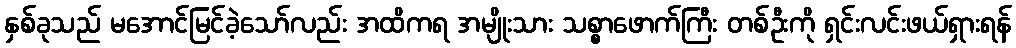
နှစ်ခုသည် မအောင်မြင်ခဲ့သော်လည်း အထိကရ အမျိုးသား သစ္စာဖောက်ကြီး တစ်ဦးကို ရှင်းလင်းဖယ်ရှားရန်